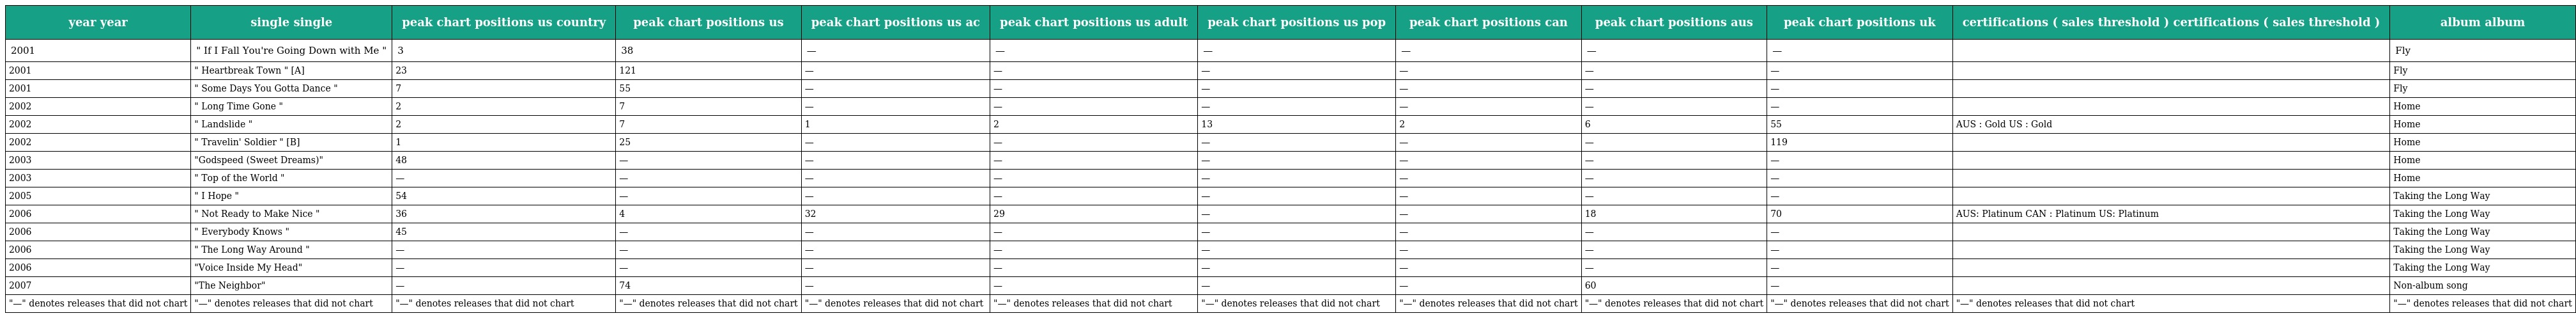
| year year | single single | peak chart positions us country | peak chart positions us | peak chart positions us ac | peak chart positions us adult | peak chart positions us pop | peak chart positions can | peak chart positions aus | peak chart positions uk | certifications ( sales threshold ) certifications ( sales threshold ) | album album |
 | --- | --- | --- | --- | --- | --- | --- | --- | --- | --- | --- | --- |
 | 2001 | " If I Fall You're Going Down with Me " | 3 | 38 | — | — | — | — | — | — |  | Fly |
 | 2001 | " Heartbreak Town " [A] | 23 | 121 | — | — | — | — | — | — |  | Fly |
 | 2001 | " Some Days You Gotta Dance " | 7 | 55 | — | — | — | — | — | — |  | Fly |
 | 2002 | " Long Time Gone " | 2 | 7 | — | — | — | — | — | — |  | Home |
 | 2002 | " Landslide " | 2 | 7 | 1 | 2 | 13 | 2 | 6 | 55 | AUS : Gold US : Gold | Home |
 | 2002 | " Travelin' Soldier " [B] | 1 | 25 | — | — | — | — | — | 119 |  | Home |
 | 2003 | "Godspeed (Sweet Dreams)" | 48 | — | — | — | — | — | — | — |  | Home |
 | 2003 | " Top of the World " | — | — | — | — | — | — | — | — |  | Home |
 | 2005 | " I Hope " | 54 | — | — | — | — | — | — | — |  | Taking the Long Way |
 | 2006 | " Not Ready to Make Nice " | 36 | 4 | 32 | 29 | — | — | 18 | 70 | AUS: Platinum CAN : Platinum US: Platinum | Taking the Long Way |
 | 2006 | " Everybody Knows " | 45 | — | — | — | — | — | — | — |  | Taking the Long Way |
 | 2006 | " The Long Way Around " | — | — | — | — | — | — | — | — |  | Taking the Long Way |
 | 2006 | "Voice Inside My Head" | — | — | — | — | — | — | — | — |  | Taking the Long Way |
 | 2007 | "The Neighbor" | — | 74 | — | — | — | — | 60 | — |  | Non-album song |
 | "—" denotes releases that did not chart | "—" denotes releases that did not chart | "—" denotes releases that did not chart | "—" denotes releases that did not chart | "—" denotes releases that did not chart | "—" denotes releases that did not chart | "—" denotes releases that did not chart | "—" denotes releases that did not chart | "—" denotes releases that did not chart | "—" denotes releases that did not chart | "—" denotes releases that did not chart | "—" denotes releases that did not chart |